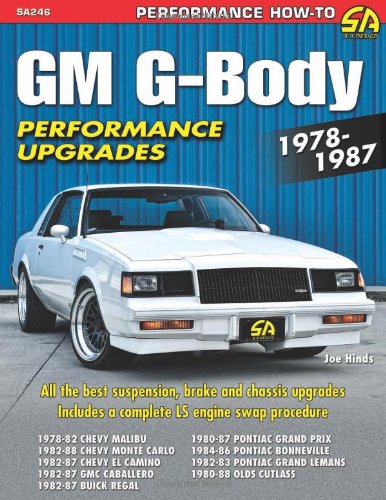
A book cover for GM G-Body Performance Upgrades 1978-1987 (Performance How-To); Joe Hinds; Engineering & Transportation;